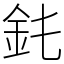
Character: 䤜